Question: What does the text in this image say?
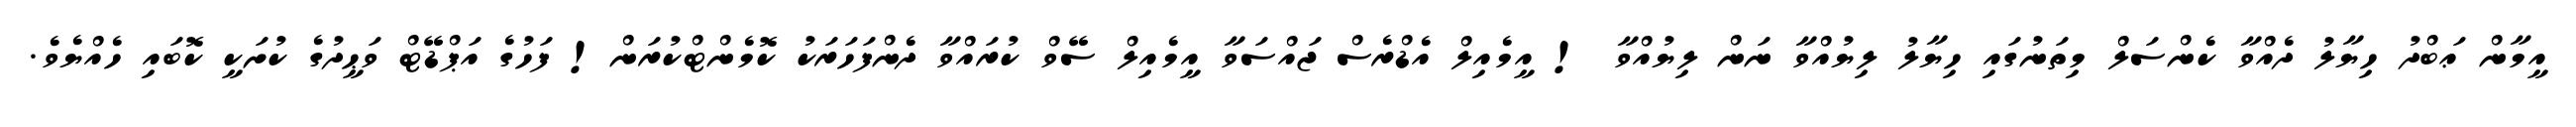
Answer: އީމާން ޢަބްދު ހިޔާލު ދެއްވާ ކެންސަލް މިތަނުގައި ހިޔާލު ލިޔުއްވާ ނަން ލިޔުއްވާ ! އީމެއިލް އެޑްރެސް ޖައްސަވާ އީމެއިލް ސޭވް ކުރައްވާ ދެންފަހަރަކު ކޮމެންޓްކުރަން! ފަހުގެ އަޕްޑޭޓް ވަޙީދުގެ ކުށަކީ ކޮބައި ހެއްޔެވެ.